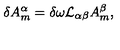
\delta A _ { m } ^ { \alpha } = \delta \omega { \cal L } _ { \alpha \beta } A _ { m } ^ { \beta } ,